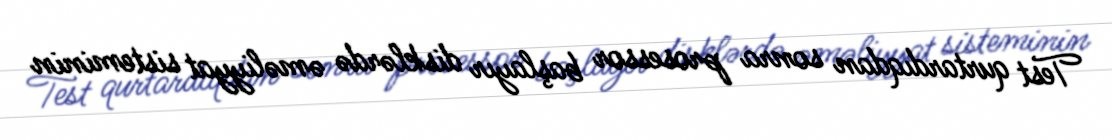
Test qurtardıqdan sonra prosessor başlayır disklərdə əməliyyat sisteminin